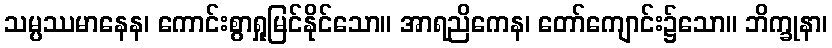
သမ္ပဿမာနေန၊ ကောင်းစွာရှုမြင်နိုင်သော။ အာရညိကေန၊ တော်ကျောင်း၌သော။ ဘိက္ခုနာ၊